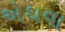
એથવા